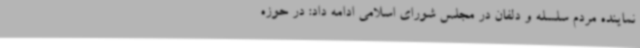
نماینده مردم سلسله و دلفان در مجلس شورای اسلامی ادامه داد: در حوزه